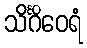
သိင်္ဂိဝေရံ